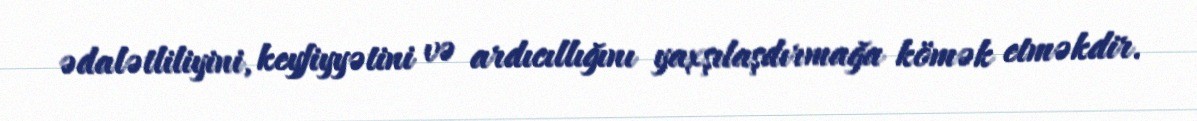
ədalətliliyini, keyfiyyətini və ardıcıllığını yaxşılaşdırmağa kömək etməkdir.